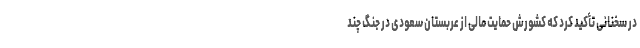
در سخنانی تأکید کرد که کشورش حمایت مالی از عربستان سعودی در جنگ چند